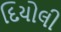
દિયોલી